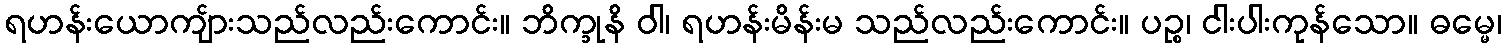
ရဟန်းယောကျ်ားသည်လည်းကောင်း။ ဘိက္ခုနိ ဝါ၊ ရဟန်းမိန်းမ သည်လည်းကောင်း။ ပဉ္စ၊ ငါးပါးကုန်သော။ ဓမ္မေ၊